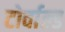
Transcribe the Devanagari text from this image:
टोर्वाल्ड